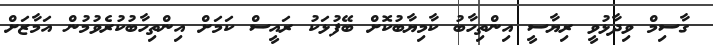
ގާސިމް ވިދާޅުވީ ރިޔާސީ އިންތިހާބު ކާމިޔާބުކޮށް ބޭފުޅަކު ރައީސް ކަމަށް އިންތިހާބުކުރެވުމުން އަމާޒަށް